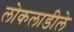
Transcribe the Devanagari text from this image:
लोकलाडीले